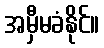
အမှီမခံနိုင်။